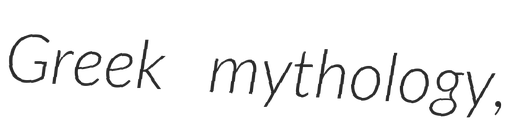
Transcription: Greek mythology,